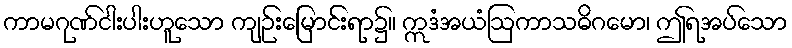
ကာမဂုဏ်ငါးပါးဟူသော ကျဉ်းမြောင်းရာ၌။ ဣဒံအယံဩကာသဓိဂမော၊ ဤရအပ်သော